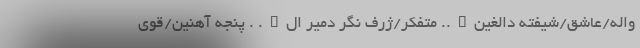
واله/عاشق/شیفته دالغین….. متفکر/ژرف نگر دمیر ال…. . پنجه آهنین/قوی